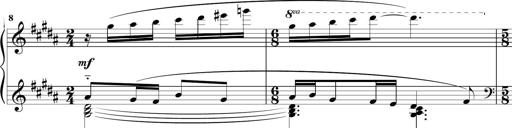
Title: Sonatine MÃ©lancolique
Composer: Julian Raoul Besset